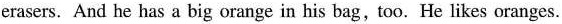
erasers. And he has a big orange in his bag, too. He likes oranges.